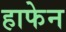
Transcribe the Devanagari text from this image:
हाफेन